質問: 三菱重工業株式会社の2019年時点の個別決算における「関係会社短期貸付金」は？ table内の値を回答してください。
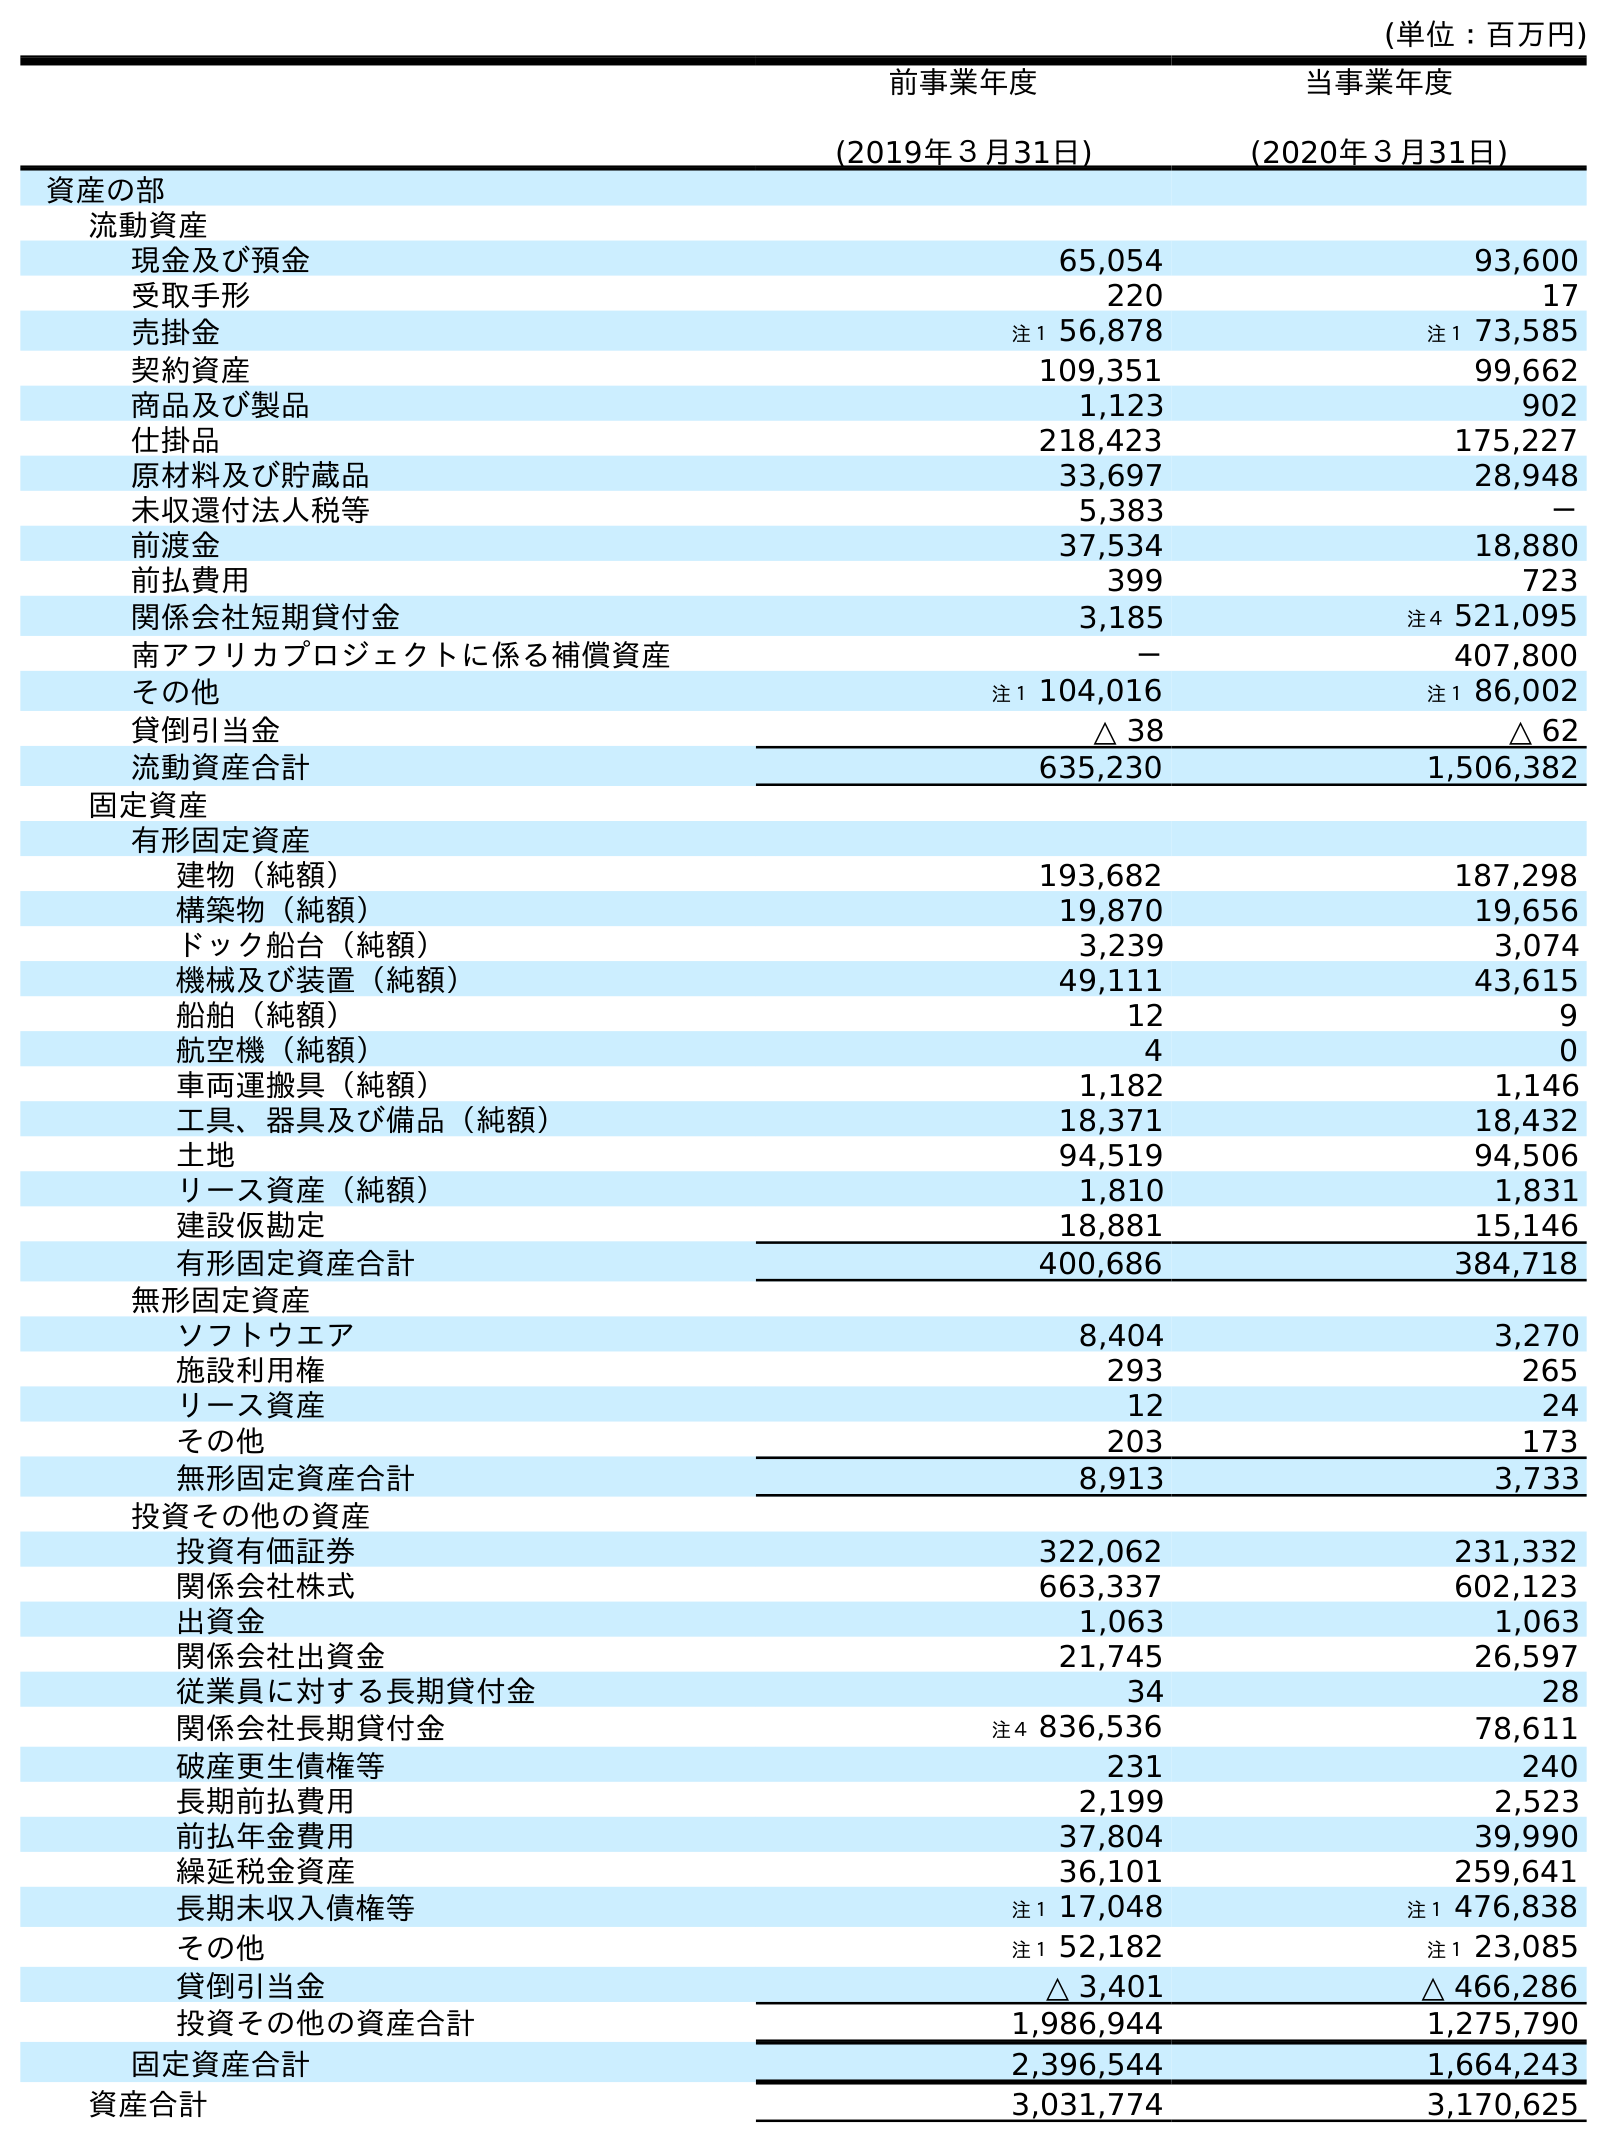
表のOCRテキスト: (単位：百万円) 前事業年度 (2019年３月31日) 当事業年度 (2020年３月31日) 資産の部 流動資産 現金及び預金 65,054 93,600 受取手形 220 17 売掛金 注１ 56,878 注１ 73,585 契約資産 109,351 99,662 商品及び製品 1,123 902 仕掛品 218,423 175,227 原材料及び貯蔵品 33,697 28,948 未収還付法人税等 5,383 － 前渡金 37,534 18,880 前払費用 399 723 関係会社短期貸付金 3,185 注４ 521,095 南アフリカプロジェクトに係る補償資産 － 407,800 その他 注１ 104,016 注１ 86,002 貸倒引当金 △ 38 △ 62 流動資産合計 635,230 1,506,382 固定資産 有形固定資産 建物（純額） 193,682 187,298 構築物（純額） 19,870 19,656 ドック船台（純額） 3,239 3,074 機械及び装置（純額） 49,111 43,615 船舶（純額） 12 9 航空機（純額） 4 0 車両運搬具（純額） 1,182 1,146 工具、器具及び備品（純額） 18,371 18,432 土地 94,519 94,506 リース資産（純額） 1,810 1,831 建設仮勘定 18,881 15,146 有形固定資産合計 400,686 384,718 無形固定資産 ソフトウエア 8,404 3,270 施設利用権 293 265 リース資産 12 24 その他 203 173 無形固定資産合計 8,913 3,733 投資その他の資産 投資有価証券 322,062 231,332 関係会社株式 663,337 602,123 出資金 1,063 1,063 関係会社出資金 21,745 26,597 従業員に対する長期貸付金 34 28 関係会社長期貸付金 注４ 836,536 78,611 破産更生債権等 231 240 長期前払費用 2,199 2,523 前払年金費用 37,804 39,990 繰延税金資産 36,101 259,641 長期未収入債権等 注１ 17,048 注１ 476,838 その他 注１ 52,182 注１ 23,085 貸倒引当金 △ 3,401 △ 466,286 投資その他の資産合計 1,986,944 1,275,790 固定資産合計 2,396,544 1,664,243 資産合計 3,031,774 3,170,625
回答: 3,185